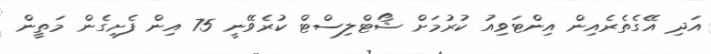
އަދި އޭގެތެރެއިން އިންޓަވިއު ކުރުމަށް ޝޯޓްލިސްޓް ކުރެވޭނީ 75 އިން ފެށިގެން މަތީން